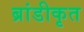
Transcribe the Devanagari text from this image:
ब्रांडीकृत